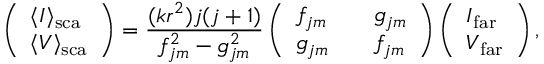
\left( \begin{array} { l } { \langle I \rangle _ { \mathrm { s c a } } } \\ { \langle V \rangle _ { \mathrm { s c a } } } \end{array} \right) = \frac { ( k r ^ { 2 } ) j ( j + 1 ) } { f _ { j m } ^ { 2 } - g _ { j m } ^ { 2 } } \left( \begin{array} { l l l } { f _ { j m } } & & { g _ { j m } } \\ { g _ { j m } } & & { f _ { j m } } \end{array} \right) \left( \begin{array} { l } { I _ { \mathrm { f a r } } } \\ { V _ { \mathrm { f a r } } } \end{array} \right) ,